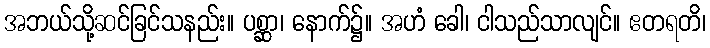
အဘယ်သို့ဆင်ခြင်သနည်း။ ပစ္ဆာ၊ နောက်၌။ အဟံ ခေါ၊ ငါသည်သာလျင်။ ဧတရတိ၊